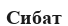
Сибат